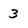
Character: 3